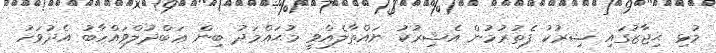
މުޅި ޙިޖާޒުގައި ޝިރުކު ފެތުރުމުން އެޝިރުކު ނައްތާލެއްވީ މުޙައްމަދު ބިން ޢަބްދުލްވައްހާބު އެދުވަހު